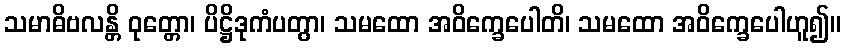
သမာဓိဗလန္တိ ဝုတ္တော၊ ပိဋ္ဌိဒုကံပတွာ၊ သမထော အဝိက္ခေပေါတိ၊ သမထော အဝိက္ခေပေါဟူ၍။